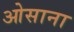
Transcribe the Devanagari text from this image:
ओसाना